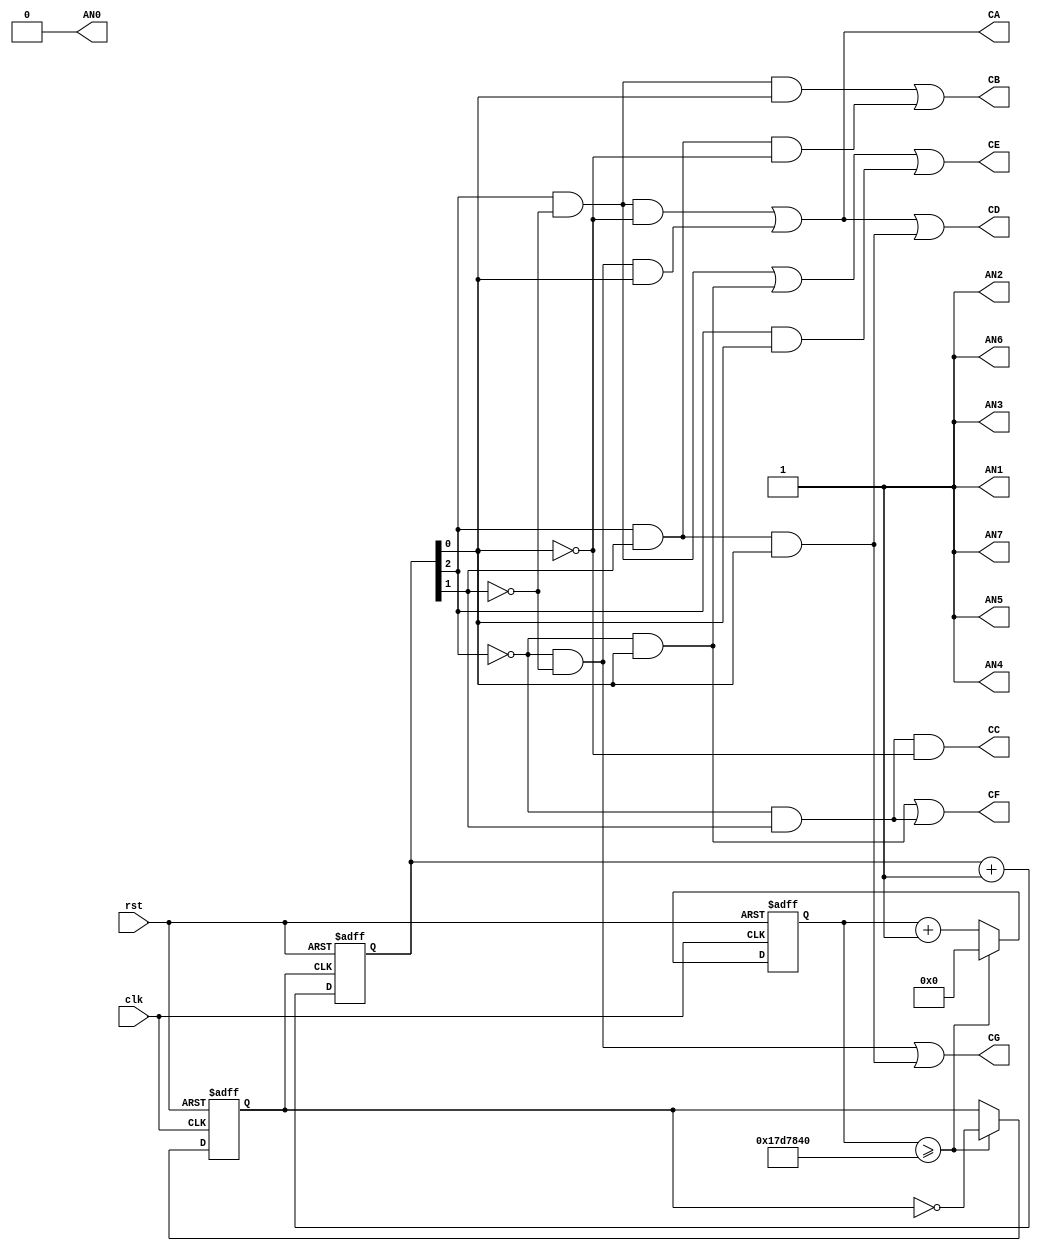
module seven_seg_cnt0_7(
	clk,
	rst,
	CA,
	CB,
	CC,
	CD,
	CE,
	CF,
	CG,
	AN0,
	AN1,
	AN2,
	AN3,
	AN4,
	AN5,
	AN6,
	AN7
);
    
input clk;
input rst;
output CA,CB,CC,CD,CE,CF,CG;
output AN0,AN1,AN2,AN3,AN4,AN5,AN6,AN7;

reg [2:0] cnt;
reg [6:0] seg_number,seg_data;
reg [31:0] cnt_2hz;
reg clk_2hz;

assign {AN7,AN6,AN5,AN4,AN3,AN2,AN1,AN0} = 8'b1111_1110; //turn on the 8th 7seg LED
assign {CG,CF,CE,CD,CC,CB,CA} = seg_data; 

//**CLK_DIV**//
always@ (posedge clk or negedge rst) begin
	if (~rst) begin
		cnt_2hz <= 32'b0;
		clk_2hz <= 1'b0;
	end
	else begin
		if (cnt_2hz >= 25000000) begin
			cnt_2hz <= 32'b0;
			clk_2hz <= ~clk_2hz;
		end
		else begin
			cnt_2hz <= cnt_2hz + 1;
			clk_2hz <= clk_2hz;
		end
	end
end

//**COUNTER**//
always@ (posedge clk_2hz or negedge rst) begin
	if (~rst)
		cnt <= 3'b0;
	else 
		cnt <= cnt + 3'b1;
end

//**BCD_to_7seg**//
always@(*) begin
	seg_data[0] = (cnt[2] & !cnt[1] & !cnt[0]) | (!cnt[2] & !cnt[1] & cnt[0]); 								//CA
	seg_data[1] = (cnt[2] & !cnt[1] & cnt[0]) | (cnt[2] & cnt[1] & !cnt[0]); 								//CB
	seg_data[2] = !cnt[2] & cnt[1] & !cnt[0]; 															//CC
	seg_data[3] = (cnt[2] & !cnt[1] & !cnt[0]) | (!cnt[2] & !cnt[1] & cnt[0]) | (cnt[2] & cnt[1] & cnt[0]); 	//CD
	seg_data[4] = (cnt[2] & !cnt[1]) | (!cnt[2] & cnt[0]) | (cnt[2] & cnt[0]); 								//CE
	seg_data[5] = (!cnt[2] & cnt[0]) | (!cnt[2] & cnt[1]); 												//CF
	seg_data[6] = (!cnt[2] & !cnt[1]) | (cnt[2] & cnt[1] & cnt[0]) ; 										//CG
end

endmodule